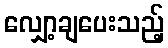
လျှော့ချပေးသည့်